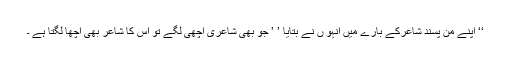
‘‘ اپنے من پسند شاعرکے بارے میں انہو ں نے بتایا ’ ’ جو بھی شاعری اچھی لگے تو اس کا شاعر بھی اچھا لگتا ہے ۔